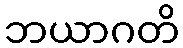
ဘယာဂတိ